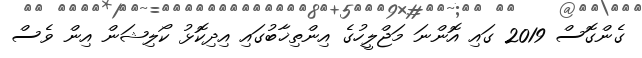
ގެންގޮސް 2019 ގައި އޮންނަ މަޖްލީހުގެ އިންތިޚާބުގައި އިދިކޮޅު ކޯލިޝަން އިން ވެސް